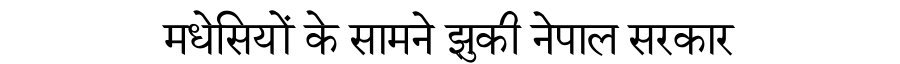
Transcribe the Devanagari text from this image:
मधेसियों के सामने झुकी नेपाल सरकार